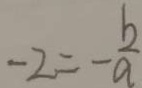
- 2 = - \frac { b } { a }